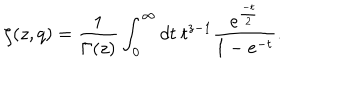
LaTeX: \zeta ( z , q ) = \frac { 1 } { \Gamma ( z ) } \int _ { 0 } ^ { \infty } d t ~ t ^ { z - 1 } \frac { e ^ { \frac { - t } { 2 } } } { 1 - e ^ { - t } } .